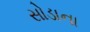
સોડાના